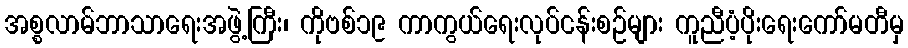
အစ္စလာမ်ဘာသာရေးအဖွဲ့ကြီး၊ ကိုဗစ်၁၉ ကာကွယ်ရေးလုပ်ငန်းစဉ်များ ကူညီပံ့ပိုးရေးကော်မတီမှ